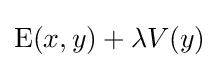
\operatorname {E} (x,y)+\lambda V(y)